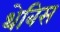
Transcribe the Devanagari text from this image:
थेबिस